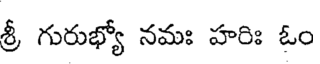
శ్రీ గురుభ్యో నమః హరిః ఓం